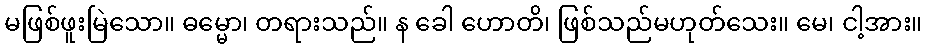
မဖြစ်ဖူးမြဲသော။ ဓမ္မော၊ တရားသည်။ န ခေါ ဟောတိ၊ ဖြစ်သည်မဟုတ်သေး။ မေ၊ ငါ့အား။